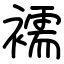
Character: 襦